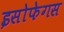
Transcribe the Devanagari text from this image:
इसोफेगस